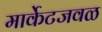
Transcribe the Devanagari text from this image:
मार्केटजवळ